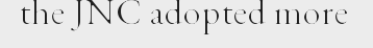
the JNC adopted more